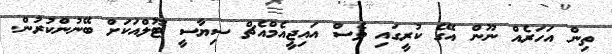
ތިން އަހަރެއް ނޫން އޭގެ ކުރީގައި ވެސް އައިޖީއެމްއެޗް ސިޔާސީ ޓޫލްއަކަށް ބޭނުންކުރުން.